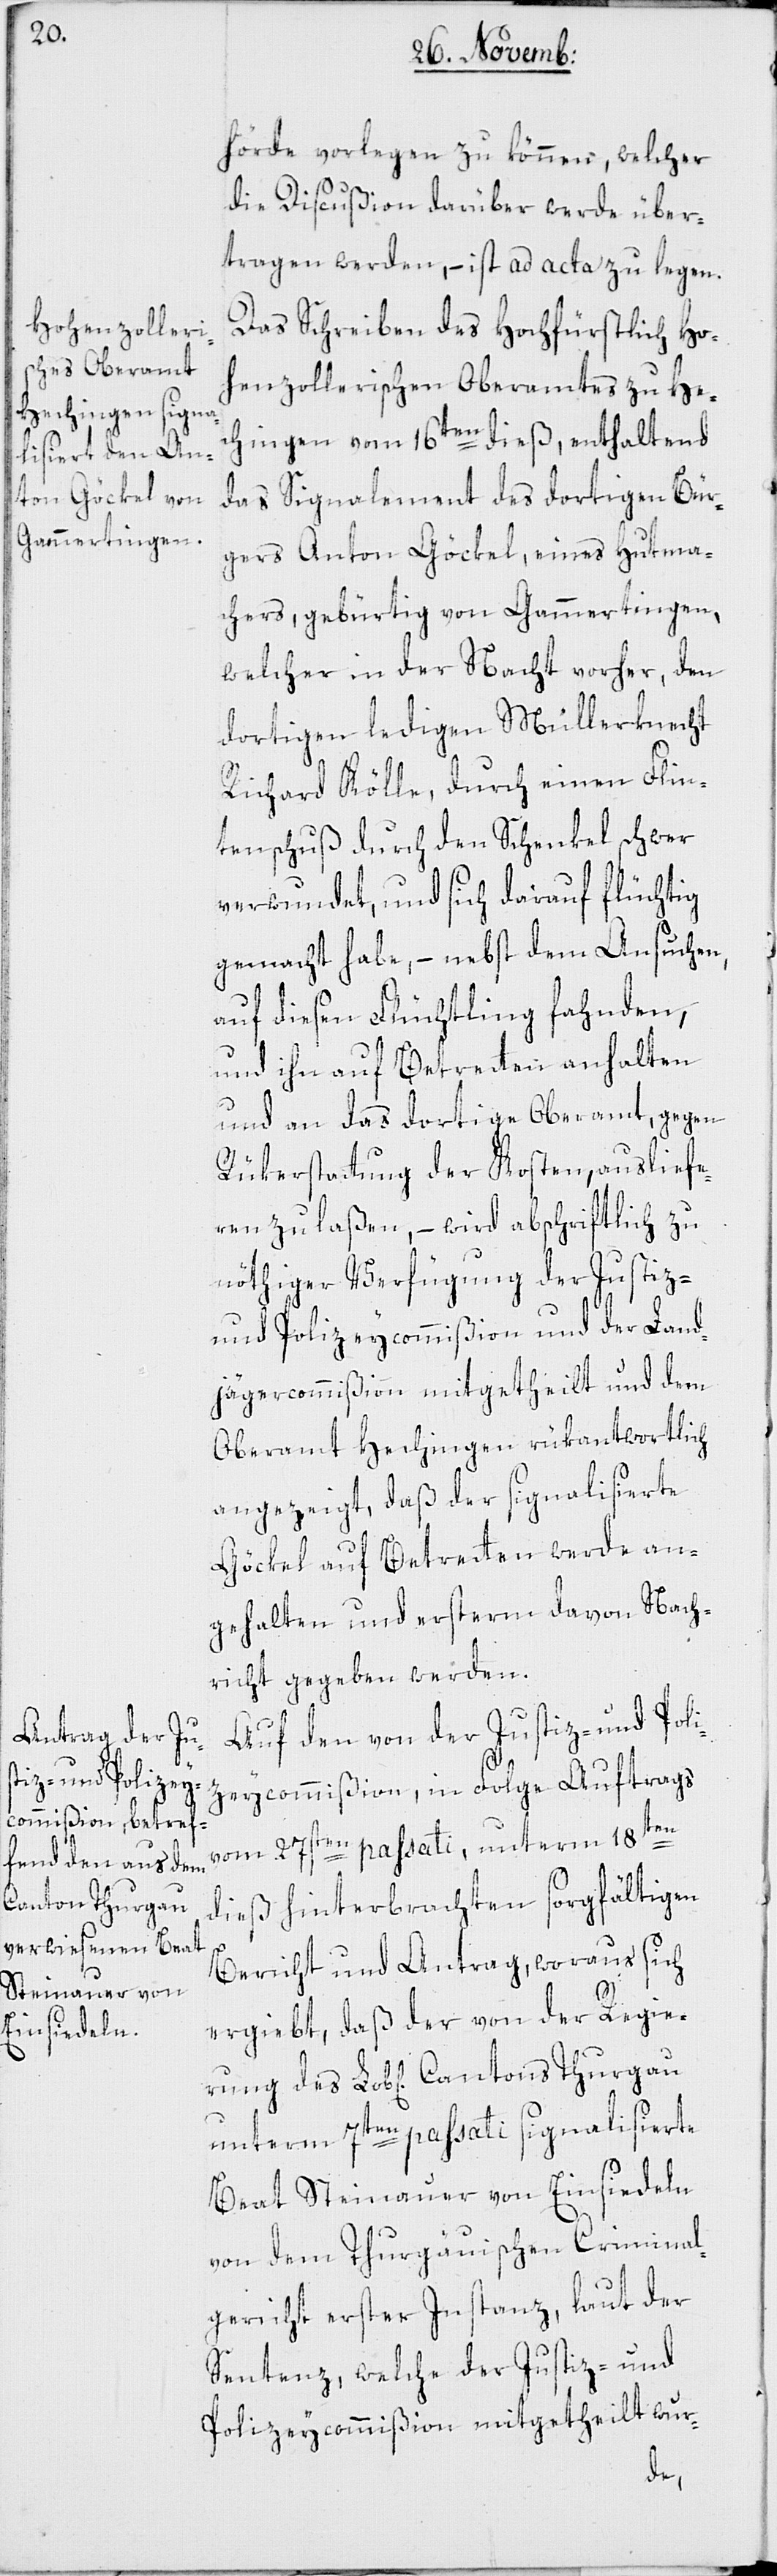
Cantons Thurgau

hörde vorlegen zu können, welcher
die Discußion darüber werde über¬
tragen werden, – ist ad acta zu legen.
Das Schreiben des Hochfürstlich Ho¬
henzollerischen Oberamtes zu He¬
chingen vom 16ten dieß, enthaltend
das Signalement des dortigen Bür¬
gers Anton Göckel, eines Hutma¬
chers, gebürtig von Gammertingen,
welcher in der Nacht vorher, den
dortigen ledigen Müllerknecht
Richard Kölle, durch einen Flin¬
tenschuß durch den Schenkel schwer
verwundet, und sich darauf flüchtig
gemacht habe, – nebst dem Ansuchen,
auf diesen Flüchtling fahnden,
und ihn auf Betretten anhalten
und an das dortige Oberamt, gegen
Rükerstattung der Kosten, ausliefe¬
ren zu laßen, – wird abschriftlich zu
nöthiger Verfügung der Justiz-
und Polizeycommißion und der Land¬
jägercommißion mitgetheilt und dem
Oberamt Hechingen rükantwortlich
angezeigt, daß der signalisierte
Göckel auf Betretten werde an¬
gehalten und ersterm davon Nach¬
richt gegeben werden.
Auf den von der Justiz- und Poli¬
zeycommißion, in Folge Auftrags
vom 27sten passati, unterm 18ten
dieß hinterbrachten sorgfältigen
ung
Bericht und Antrag, woraus sich
ergiebt, daß der von der Regier¬
unterm 7ten passati signalisierte
Beat Steinauer von Einsiedeln
von dem Thurgauischen Criminal¬
gericht erster Instanz, laut der
Sentenz, welche der Justiz- und
Polizeycommißion mitgetheilt wur-
des